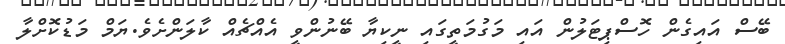
ބޭސް އަައިގެން ހޮސްޕިޓަލުން އައި މަގުމަތީގައި ނީކިޔާ ބޭނުންވީ އެއްޗެއް ކާލަންށެވެ.ޔަމް މަޑުކޮށްލާ